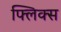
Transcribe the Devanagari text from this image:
फ्लिक्स